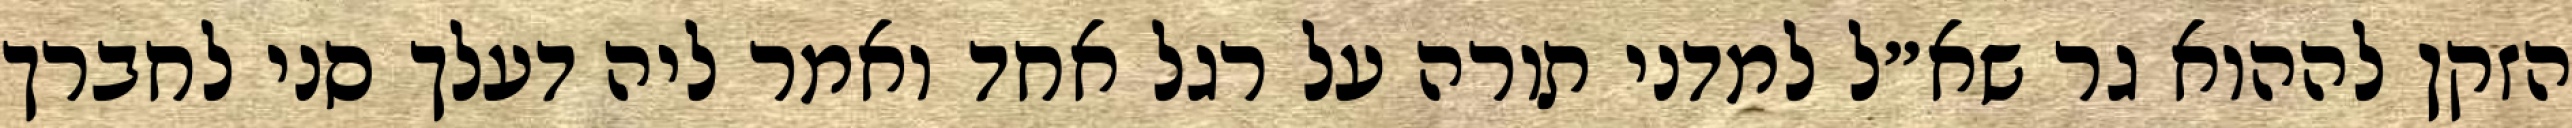
הזקן לההוא גר שא״ל למדני תורה על רגל אחד ואמר ליה דעלך סני לחברך